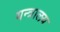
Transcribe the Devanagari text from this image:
यन्त्रालय